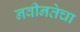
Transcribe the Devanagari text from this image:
नवीनतेचा